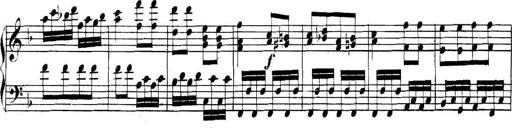
Title: Collected Piano Sonatas
Composer: Muzio Clementi